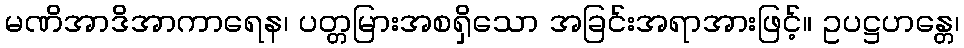
မဏိအာဒိအာကာရေန၊ ပတ္တမြားအစရှိသော အခြင်းအရာအားဖြင့်။ ဥပဋ္ဌဟန္တေ၊